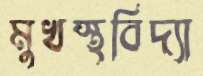
মুখস্থবিদ্যা